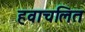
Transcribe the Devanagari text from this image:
हवाचलित